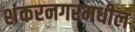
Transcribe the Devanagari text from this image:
शंकरनगरमधील